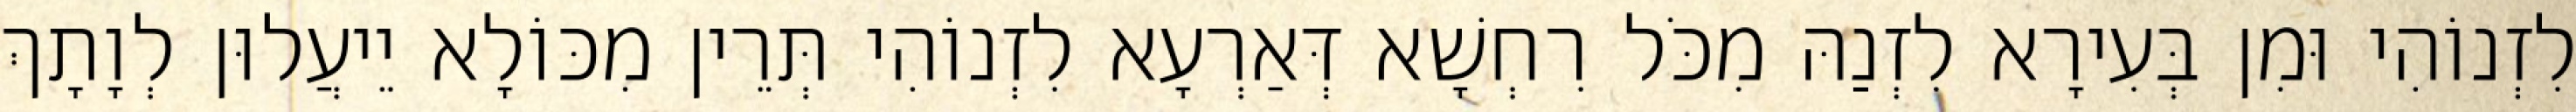
לִזְנוֹהִי וּמִן בְּעִירָא לִזְנַהּ מִכֹּל רִחְשָׁא דְּאַרְעָא לִזְנוֹהִי תְּרֵין מִכּוֹלָא יֵיעֲלוּן לְוָתָךְ